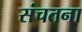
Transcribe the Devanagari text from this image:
संचतना